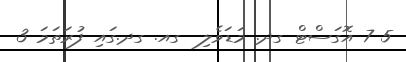
5 7 އޮގަސްޓް ގދ. މަޑަވެލި  ގއ. ގދ.ގައި ފުރަތަމަ 3